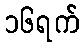
၁၆ရက်